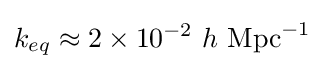
k_{eq}\approx 2\times 10^{-2}~h~{\text{Mpc}}^{-1}